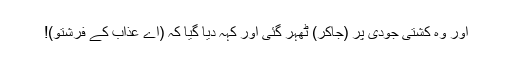
اور وہ کشتی جودی پر (جاکر) ٹھہر گئی اور کہہ دیا گیا کہ (اے عذاب کے فرشتو)!